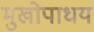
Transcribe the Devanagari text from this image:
मुखोपाधय